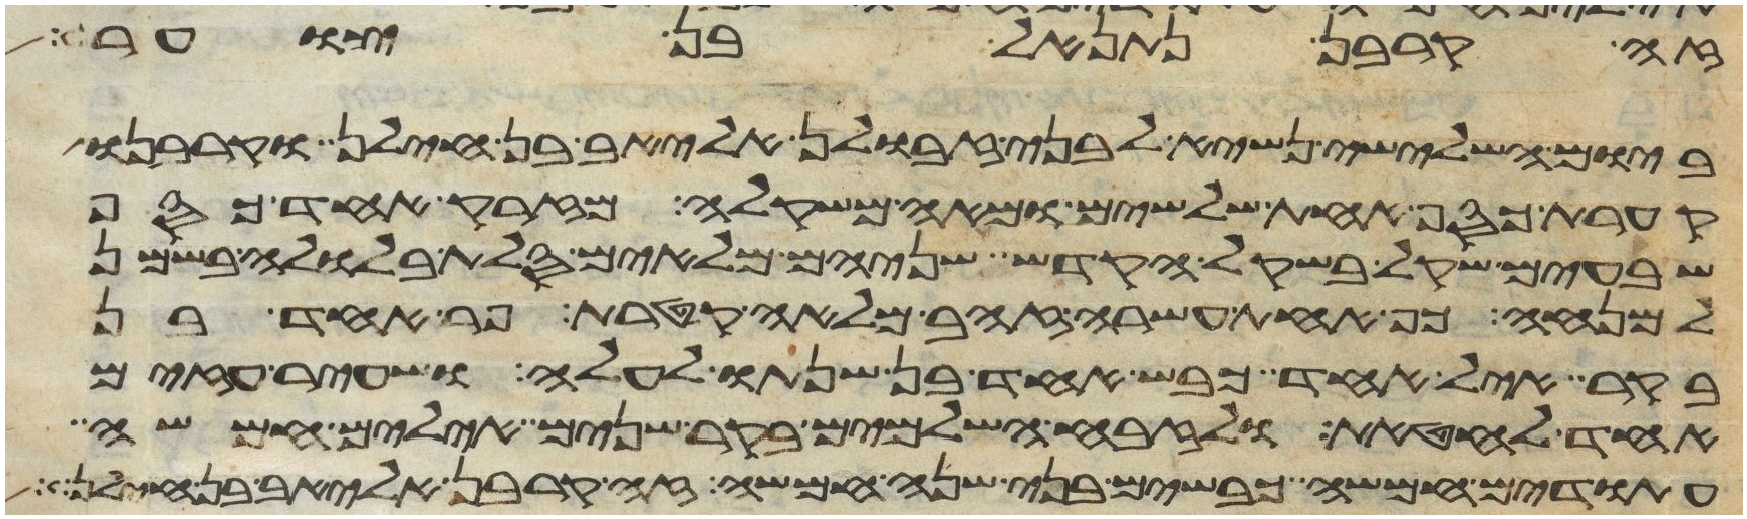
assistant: זה קרבן נתנאל בן צוער
ביום השלישי נשיא לבני זבולן אליאב בן חילן וקרבנו
קערת כסף אחת שלשים ומאה משקלה מזרק אחד כסף
שבעים שקל בשקל הקדש שניהם מלאים סלת בלולה בשמן
למנחה כף אחת עשרה זהב מלאה קטרת פר אחד בן
בקר איל אחד כבש אחד בן שנתו לעלה ושעיר עזים
אחד לחטאת ולזבח השלמים בקר שנים אילים חמשה
עתודים חמשה כבשים בני שנה חמשה זה קרבן אליאב בן חילן